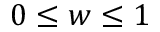
0 \leq w \leq 1